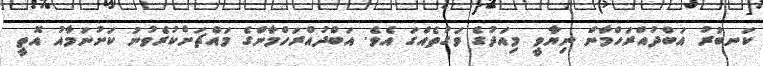
ކަނބުރު އަބްދުއްރަހްމާން ނިޔާވީ މިއަދުގެ ވަގުތެއްގަ އެވެ. އަބްދުއްރަހްމާންގެ މައްޗަށްކުރެވުނު ކަށުނަމާއު އޮތީ